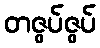
တဇွပ်ဇွပ်